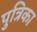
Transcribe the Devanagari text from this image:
पुत्रिका